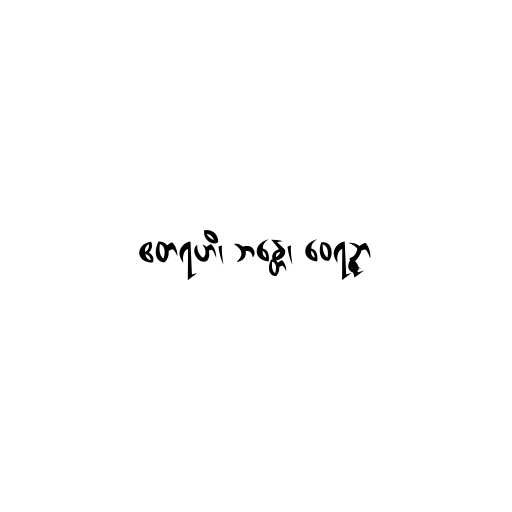
ဧတရဟိ၊ ဘန္တေ၊ ဝေရဉ္ဇာ